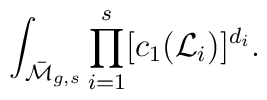
\int_{\bar {\cal M}_{g,s}}\prod_{i=1}^s[c_1({\cal L}_i)]^{d_i}.